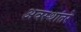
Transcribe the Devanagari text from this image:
अवस्थांतरे